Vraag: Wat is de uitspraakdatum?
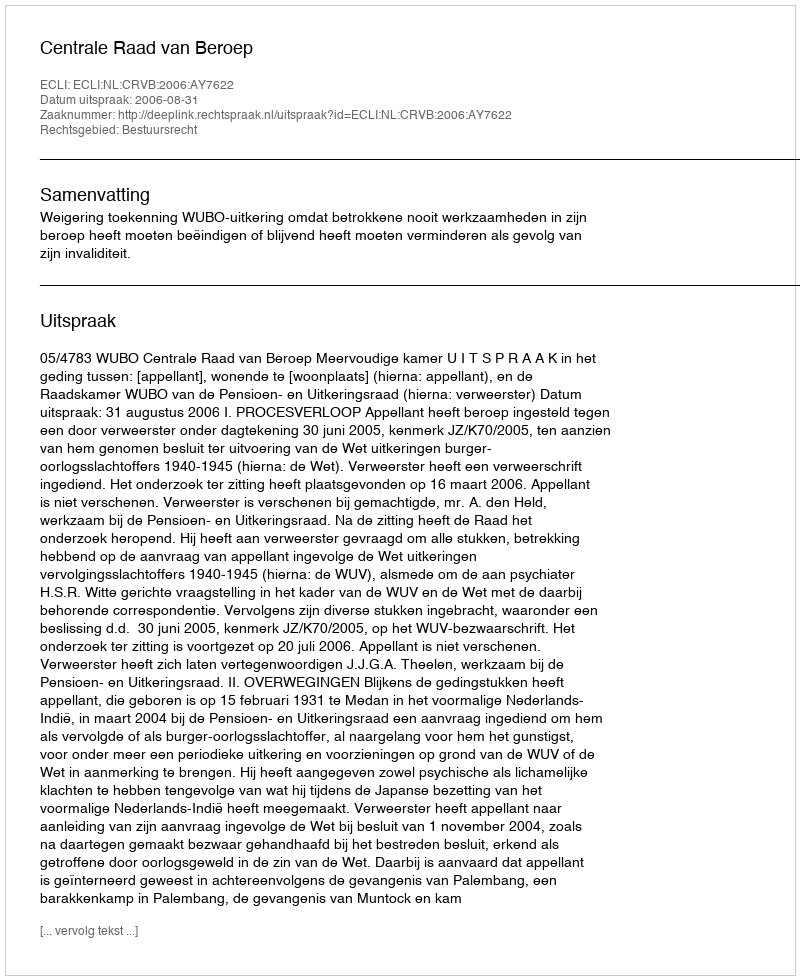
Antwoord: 2006-08-31